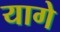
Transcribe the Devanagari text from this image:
यागे